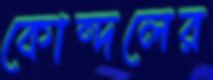
কোন্দলের